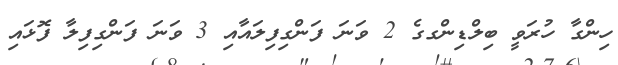
ހިންގާ ހުރަވީ ބިލްޑިންގގެ 2 ވަނަ ފަންގިފިލައާއި 3 ވަނަ ފަންގިފިލާ ފޮޅައި